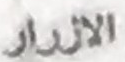
الازرار